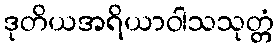
ဒုတိယအရိယာဝါသသုတ္တံ